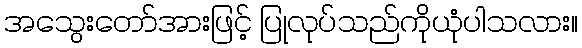
အသွေးတော်အားဖြင့် ပြုလုပ်သည်ကိုယုံပါသလား။